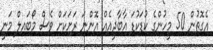
އެގޮތުން 50 މީހުންގެ ކުޑަކުޑަ އާބާދީއެއް އޮންނަ ރަށަކަށް ވެސް މޯބައިލް މަނީ